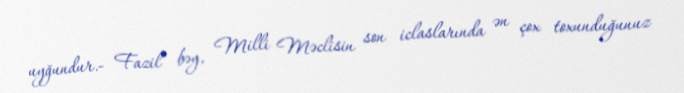
uyğundur.- Fazil bəy, Milli Məclisin son iclaslarında ən çox toxunduğunuz